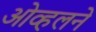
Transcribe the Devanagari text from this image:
ओव्हलने